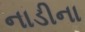
નાડીના